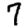
Digit: 7